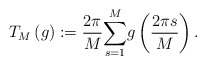
\begin{align*}T_{M}\left( g\right) :=\frac{2\pi}{M}{\displaystyle\sum_{s=1}^{M}}g\left( \frac{2\pi s}{M}\right) . \end{align*}